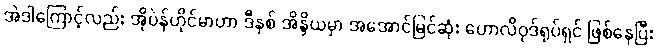
အဲဒါကြောင့်လည်း အိုပဲန်ဟိုင်မာဟာ ဒီနှစ် အိန္ဒိယမှာ အအောင်မြင်ဆုံး ဟောလိဝုဒ်ရုပ်ရှင် ဖြစ်နေပြီး